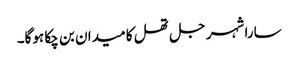
سارا شہر جل تھل کا میدان بن چکا ہوگا۔